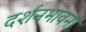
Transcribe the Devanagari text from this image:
दर्शनभावना